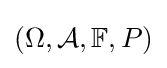
(\Omega ,{\mathcal {A}},\mathbb {F} ,P)